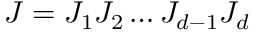
J = J _ { 1 } J _ { 2 } \dots J _ { d - 1 } J _ { d }